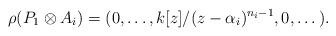
LaTeX: \begin{align*} \rho(P_{1} \otimes A_{i}) = (0, \dots, k[z]/(z-\alpha_{i})^{n_{i}-1}, 0 ,\dots). \end{align*}